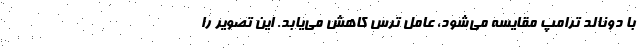
با دونالد ترامپ مقایسه می‌شود، عامل ترس کاهش می‌یابد. این تصویر را